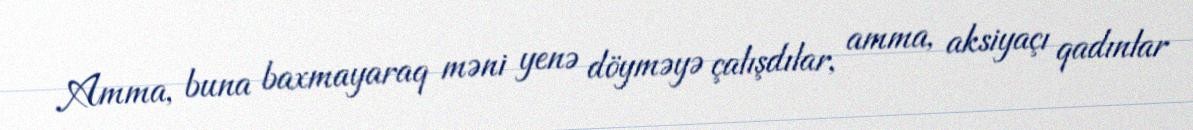
Amma, buna baxmayaraq məni yenə döyməyə çalışdılar, amma, aksiyaçı qadınlar